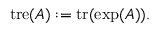
\operatorname { t r e } ( A ) : = \operatorname { t r } ( \exp ( A ) ) .